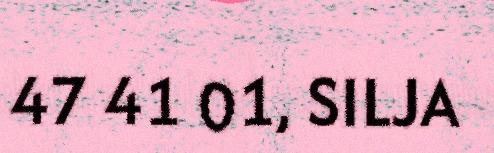
47 41 01, SILJA